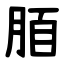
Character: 脜